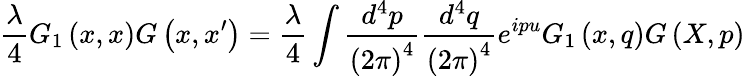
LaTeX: \frac\lambda 4G_{1}\left(x,x\right)G\left(x,x^{\prime}\right)=\frac\lambda 4\int\frac{d^{4}p}{\left(2\pi\right)^{4}}\frac{d^{4}q}{\left(2\pi\right)^{4}}e^{ipu}G_{1}\left(x,q\right)G\left(X,p\right)